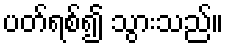
ပတ်ရစ်၍ သွားသည်။